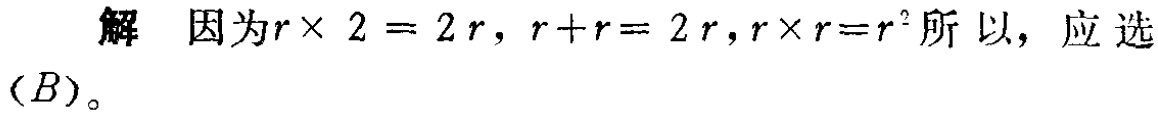
解 因为\(r\times 2 = 2r\)，\(r + r = 2r\)，\(r\times r = r^{2}\)所以，应选\((B)\)。